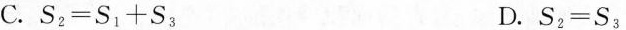
C.$$S _ { 2 } = S _ { 1 } + S _ { 3 }$$ D.$$S _ { 2 } = S _ { 3 }$$